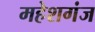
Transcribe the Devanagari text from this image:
महेशगंज